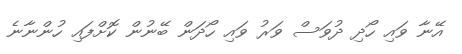
އޭނާ ވައި ހޯދި ދުވަސް ވަރު ވައި ހޯދަން ބޭނުން ކޮށްފައި ހުންނާނެ